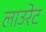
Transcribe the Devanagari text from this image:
लाउरेट